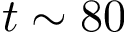
t \sim 8 0